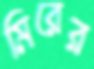
মিরের